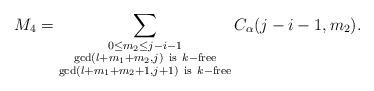
LaTeX: \begin{align*}M_4=\sum_{\substack{0\leq m_2\leq j-i-1\\ \gcd(l+m_1+m_2,j)\ {\rm{is}}\ k-{\rm{free}}\\\gcd(l+m_1+m_2+1,j+1)\ {\rm{is}}\ k-{\rm{free}}}}C_{\alpha}(j-i-1,m_2).\end{align*}